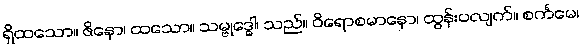
ရှိထသော။ ဇိနော၊ ထသော။ သမ္ဗုဒ္ဓေါ၊ သည်။ ဝိရောစမာနော၊ ထွန်းပလျက်။ စင်္ကမေ၊